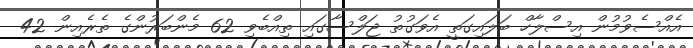
އެއްސެވުމުން އިސްލާހް ބަލައިގަތީ އެވަގުތު ޖަލްސާގައި ތިއްބެވި 62 މެންބަރުންގެ ތެރެއިން 42